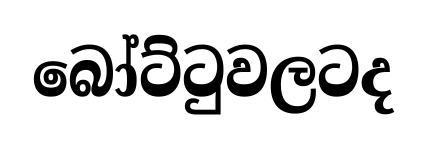
බෝට්ටුවලටද